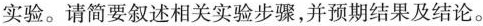
实验。请简要叙述相关实验步骤，并预期结果及结论。